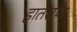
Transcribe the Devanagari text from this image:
हातराण